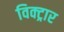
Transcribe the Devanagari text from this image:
विक्ट्रार